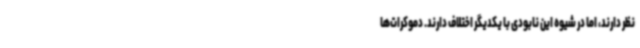
نظر دارند، اما در شیوه این نابودی با یکدیگر اختلاف دارند. دموکرات‌ها